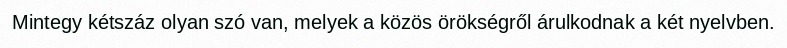
Mintegy kétszáz olyan szó van, melyek a közös örökségről árulkodnak a két nyelvben.